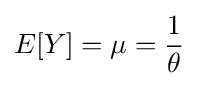
E[Y]=\mu ={\frac {1}{\theta }}